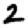
Digit: 2